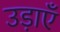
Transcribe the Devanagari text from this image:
उड़ाएँ